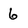
Character: 6